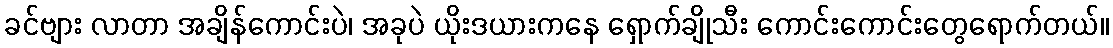
ခင်ဗျား လာတာ အချိန်ကောင်းပဲ၊ အခုပဲ ယိုးဒယားကနေ ရှောက်ချိုသီး ကောင်းကောင်းတွေရောက်တယ်။